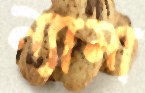
ন্যামা